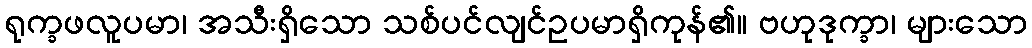
ရုက္ခဖလူပမာ၊ အသီးရှိသော သစ်ပင်လျင်ဥပမာရှိကုန်၏။ ဗဟုဒုက္ခာ၊ များသော